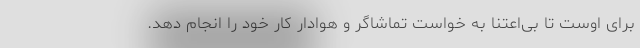
برای اوست تا بی‌اعتنا به خواست تماشاگر و هوادار کار خود را انجام دهد.